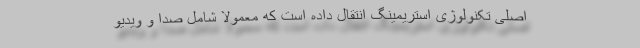
اصلی تکنولوژی استریمینگ انتقال داده است که معمولاً شامل صدا و ویدیو